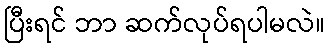
ပြီးရင် ဘာ ဆက်လုပ်ရပါမလဲ။